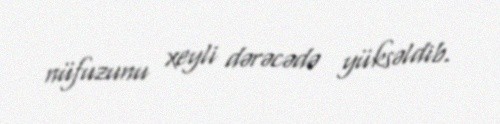
nüfuzunu xeyli dərəcədə yüksəldib.